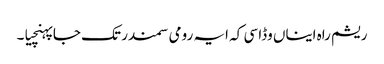
ریشم راہ ایناں وڈا سی کہ ایہ رومی سمندر تک جا پہنچیا۔